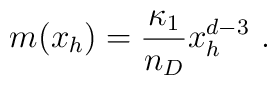
m(x_h) = \frac{\kappa_1}{n_D} x_h^{d-3} \ .